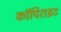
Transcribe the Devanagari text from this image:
कॉपिराइट